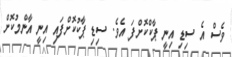
ވެސް އެ ސިޑި އިނީ ޕާކްކޮށްފަ އެވެ. ސިޑި ޕާކުކޮށްފައި އިނީ އާންމުކޮށް